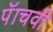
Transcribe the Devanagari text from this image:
पॅाचवी